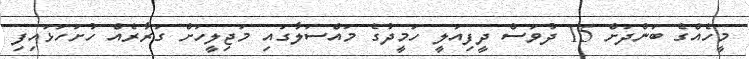
މީހެއްގެ ބަންދަށް 15 ދުވަސް ދީފިއަލީ ހަމީދުގެ މައްސަލާގައި މަޖިލީހަށް ގަރާރެއް ހުށަހަޅައިފި